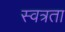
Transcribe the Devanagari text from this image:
स्वत्रता